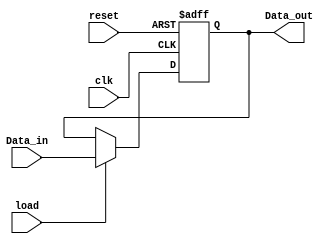
module COMP(
	
	input [15:0] Data_in,
	input clk, reset, load,
	output reg [15:0] Data_out);
	
	
	always @(posedge clk, posedge reset)
	begin
	
		if(reset)
			Data_out <= 0;
		else
			if(load)
				Data_out <= Data_in;
	end
endmodule